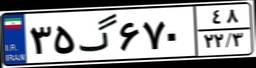
۳۵گ۶۷۰۴۸